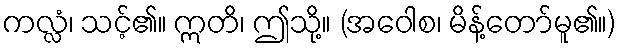
ကလ္လံ၊ သင့်၏။ ဣတိ၊ ဤသို့။ (အဝေါစ၊ မိန့်တော်မူ၏။)